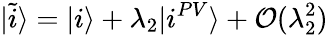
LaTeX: |\tilde{i}\rangle=|i\rangle+\lambda_{2}|i^{PV}\rangle+{\cal O}(\lambda_{2}^{2})